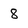
Character: 8